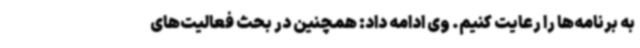
به برنامه‌ها را رعایت کنیم. وی ادامه داد: همچنین در بحث فعالیت‌های